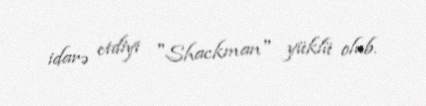
idarə etdiyi "Shackman" yüklü olub.